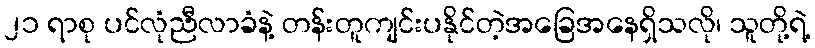
၂၁ ရာစု ပင်လုံညီလာခံနဲ့ တန်းတူကျင်းပနိုင်တဲ့အခြေအနေရှိသလို၊ သူတို့ရဲ့